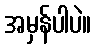
အမှန်ပါပဲ။